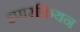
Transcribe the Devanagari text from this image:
इपारक्रियन